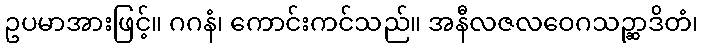
ဥပမာအားဖြင့်။ ဂဂနံ၊ ကောင်းကင်သည်။ အနီလဇလဝေဂသဉ္ဆာဒိတံ၊